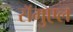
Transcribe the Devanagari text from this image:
सॅमुएल